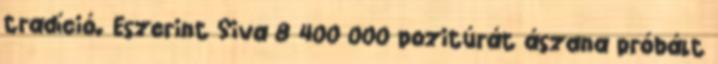
tradíció. Eszerint Siva 8 400 000 pozitúrát ászana próbált